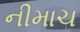
નીમાચ